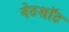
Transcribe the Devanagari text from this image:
नेटशॉट